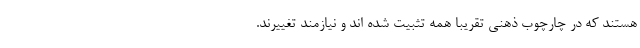
هستند که در چارچوب ذهنی تقریبا همه تثبیت شده اند و نیازمند تغییرند.